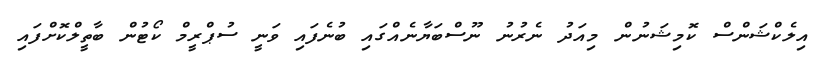
އިލެކްޝަންސް ކޮމިޝަނުން މިއަދު ނެރުނު ނޫސްބަޔާނެއްގައި ބުނެފައި ވަނީ ސުޕްރީމް ކޯޓުން ބާތީލްކޮށްފައި